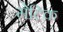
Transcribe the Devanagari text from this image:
मेटिक